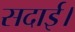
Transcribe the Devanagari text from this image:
सदाई।